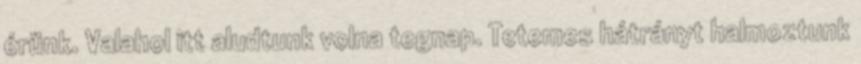
érünk. Valahol itt aludtunk volna tegnap. Tetemes hátrányt halmoztunk